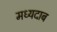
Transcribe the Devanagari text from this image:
मध्यदाब